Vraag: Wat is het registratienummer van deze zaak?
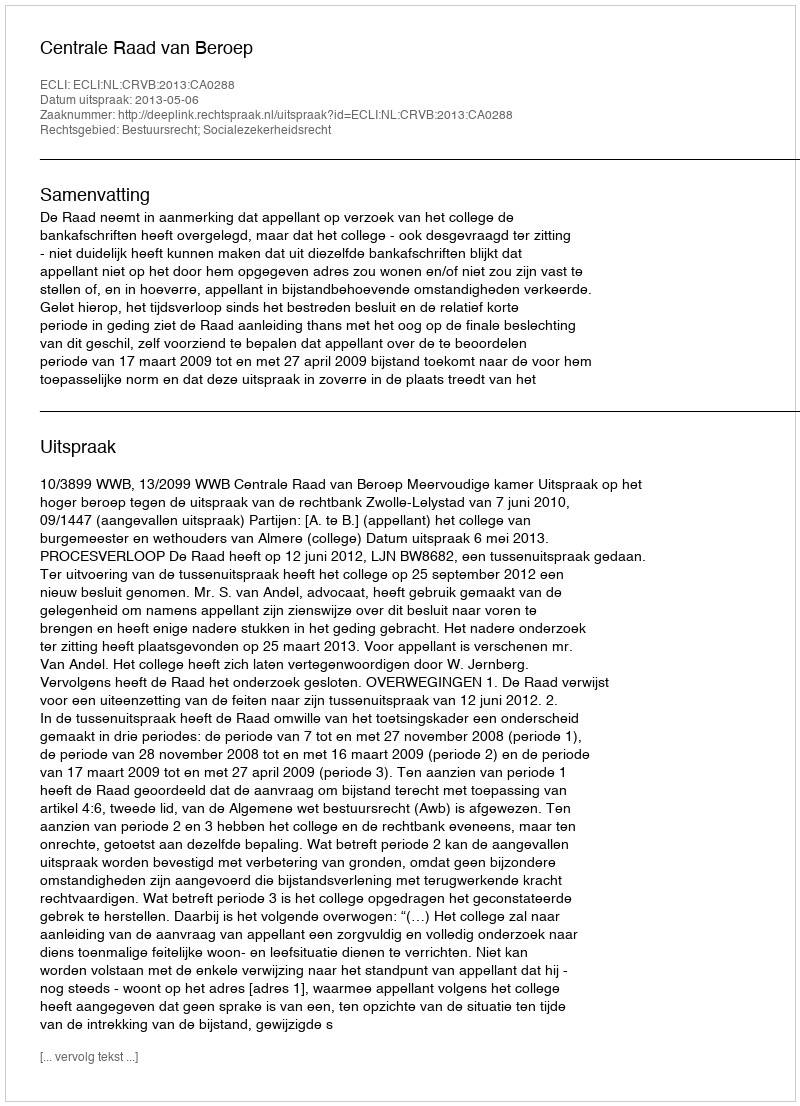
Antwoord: http://deeplink.rechtspraak.nl/uitspraak?id=ECLI:NL:CRVB:2013:CA0288